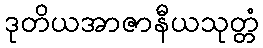
ဒုတိယအာဇာနီယသုတ္တံ